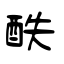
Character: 酜